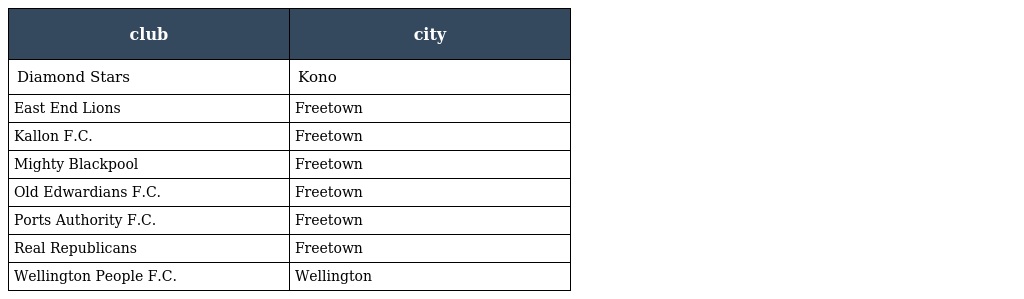
| club | city |
 | --- | --- |
 | Diamond Stars | Kono |
 | East End Lions | Freetown |
 | Kallon F.C. | Freetown |
 | Mighty Blackpool | Freetown |
 | Old Edwardians F.C. | Freetown |
 | Ports Authority F.C. | Freetown |
 | Real Republicans | Freetown |
 | Wellington People F.C. | Wellington |